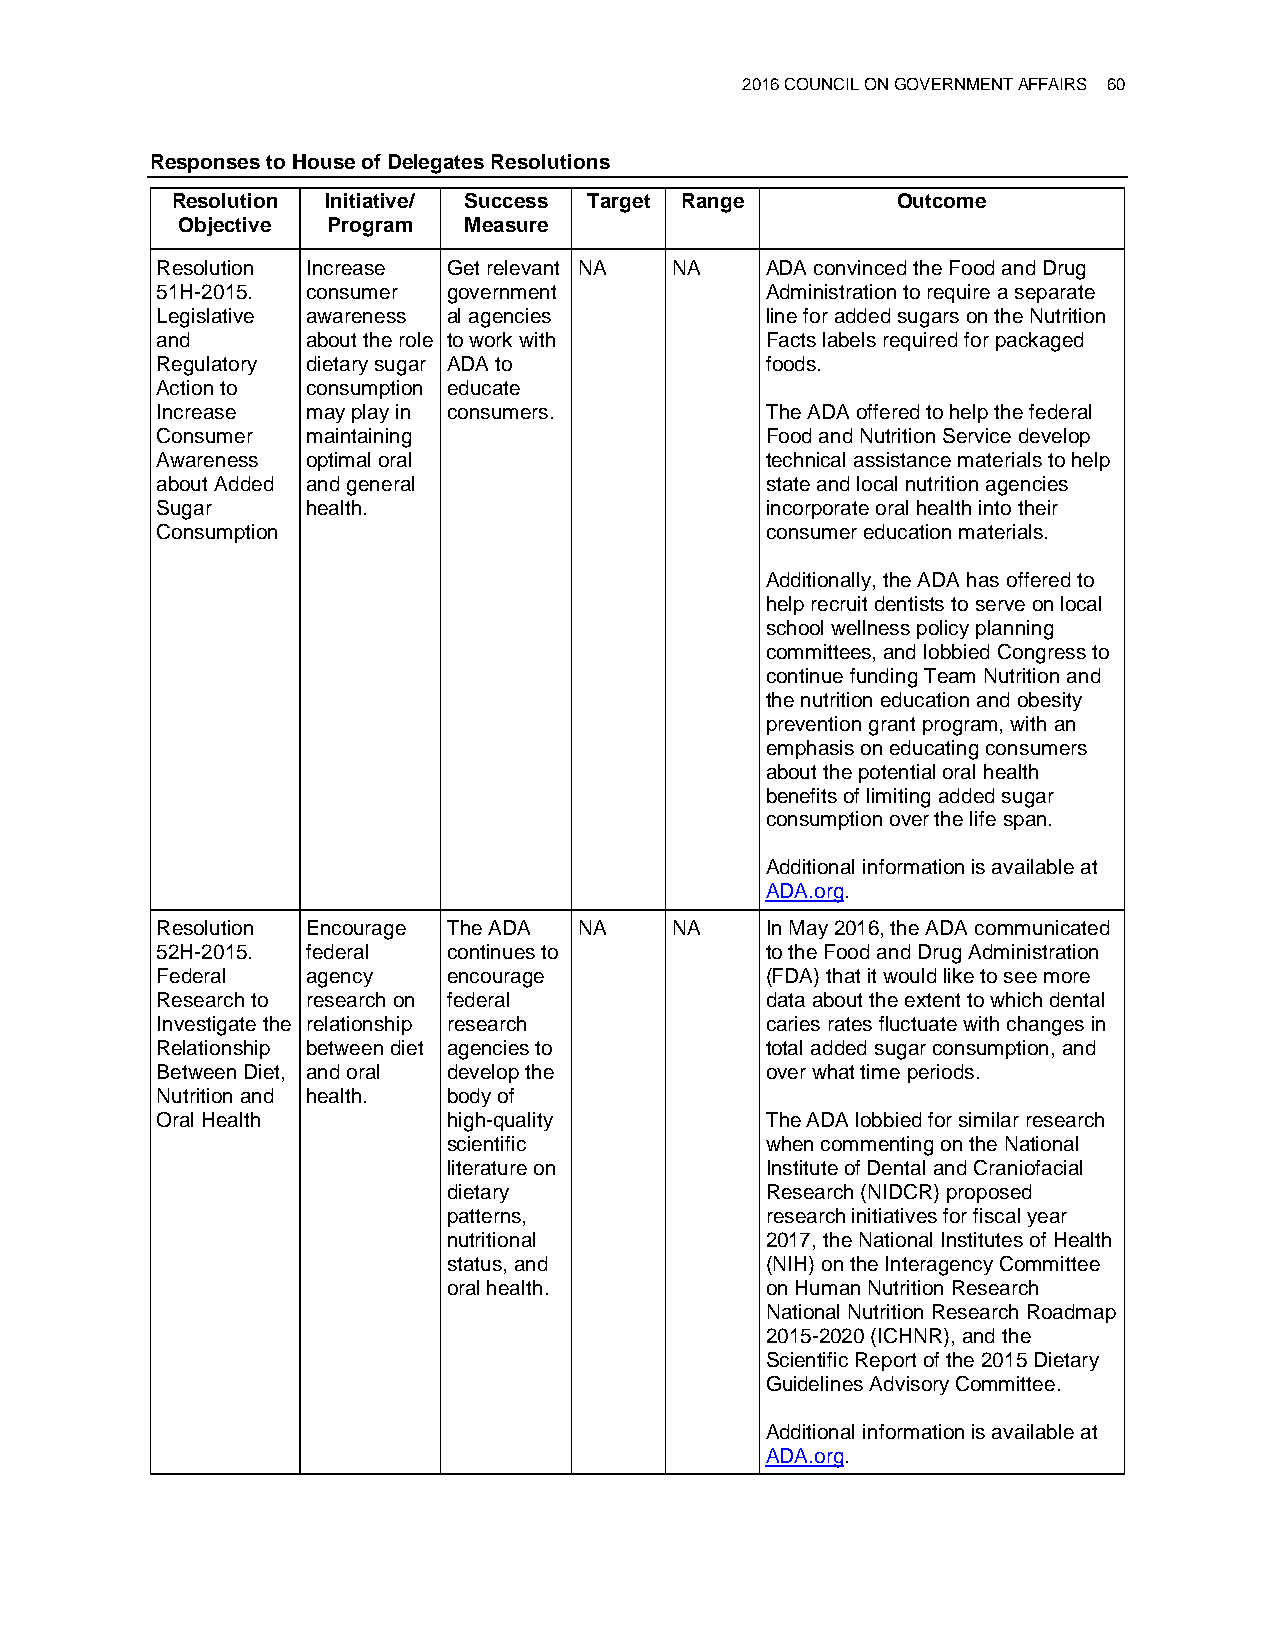
2016 COUNCIL ON GOVERNMENT AFFAIRS 60
 Responses to House of Delegates Resolutions
 Resolution Initiative/ Success Target Range     Outcome
 Objective Program  Measure
 Resolution Increase Get relevant NA NA   ADA convinced the Food and Drug
 51H-2015. consumer  government           Administration to require a separate
 Legislative awareness al agencies        line for added sugars on the Nutrition
 and       about the role to work with    Facts labels required for packaged
 Regulatory dietary sugar ADA to          foods.
 Action to consumption educate
 Increase  may play in consumers.         The ADA offered to help the federal
 Consumer  maintaining                    Food and Nutrition Service develop
 Awareness optimal oral                   technical assistance materials to help
 about Added and general                  state and local nutrition agencies
 Sugar     health.                        incorporate oral health into their
 Consumption                              consumer education materials.
 Additionally, the ADA has offered to
 help recruit dentists to serve on local
 school wellness policy planning
 committees, and lobbied Congress to
 continue funding Team Nutrition and
 the nutrition education and obesity
 prevention grant program, with an
 emphasis on educating consumers
 about the potential oral health
 benefits of limiting added sugar
 consumption over the life span.
 Additional information is available at
 ADA.org.
 Resolution Encourage The ADA NA   NA     In May 2016, the ADA communicated
 52H-2015. federal   continues to         to the Food and Drug Administration
 Federal   agency    encourage            (FDA) that it would like to see more
 Research to research on federal          data about the extent to which dental
 Investigate the relationship research    caries rates fluctuate with changes in
 Relationship between diet agencies to    total added sugar consumption, and
 Between Diet, and oral develop the       over what time periods.
 Nutrition and health. body of
 Oral Health         high-quality         The ADA lobbied for similar research
 scientific           when commenting on the National
 literature on        Institute of Dental and Craniofacial
 dietary              Research (NIDCR) proposed
 patterns,            research initiatives for fiscal year
 nutritional          2017, the National Institutes of Health
 status, and          (NIH) on the Interagency Committee
 oral health.         on Human Nutrition Research
 National Nutrition Research Roadmap
 2015-2020 (ICHNR), and the
 Scientific Report of the 2015 Dietary
 Guidelines Advisory Committee.
 Additional information is available at
 ADA.org.